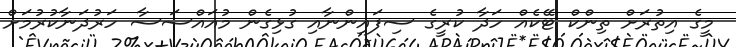
މީގެ އިތުރަށް ތިންކް ޓޭކެއް ހަދާ ކުރީގެ ސިފައިންނާއި ގުޅިގެން މުއައްސަސާ ހަރުދަނާކުރުމަށް